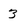
Character: 3